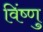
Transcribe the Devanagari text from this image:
विंष्णु